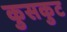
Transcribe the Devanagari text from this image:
कुसकुट